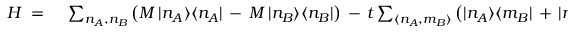
\begin{array} { r l } { H \; = \; } & { { } \sum _ { n _ { A } , n _ { B } } \big ( M \, | n _ { A } \rangle \langle n _ { A } | \, - \, M \, | n _ { B } \rangle \langle n _ { B } | \big ) \, - \, t \sum _ { \langle n _ { A } , m _ { B } \rangle } \big ( | n _ { A } \rangle \langle m _ { B } | \, + \, | m _ { B } \rangle \langle n _ { A } | \big ) } \end{array}